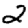
Digit: 2